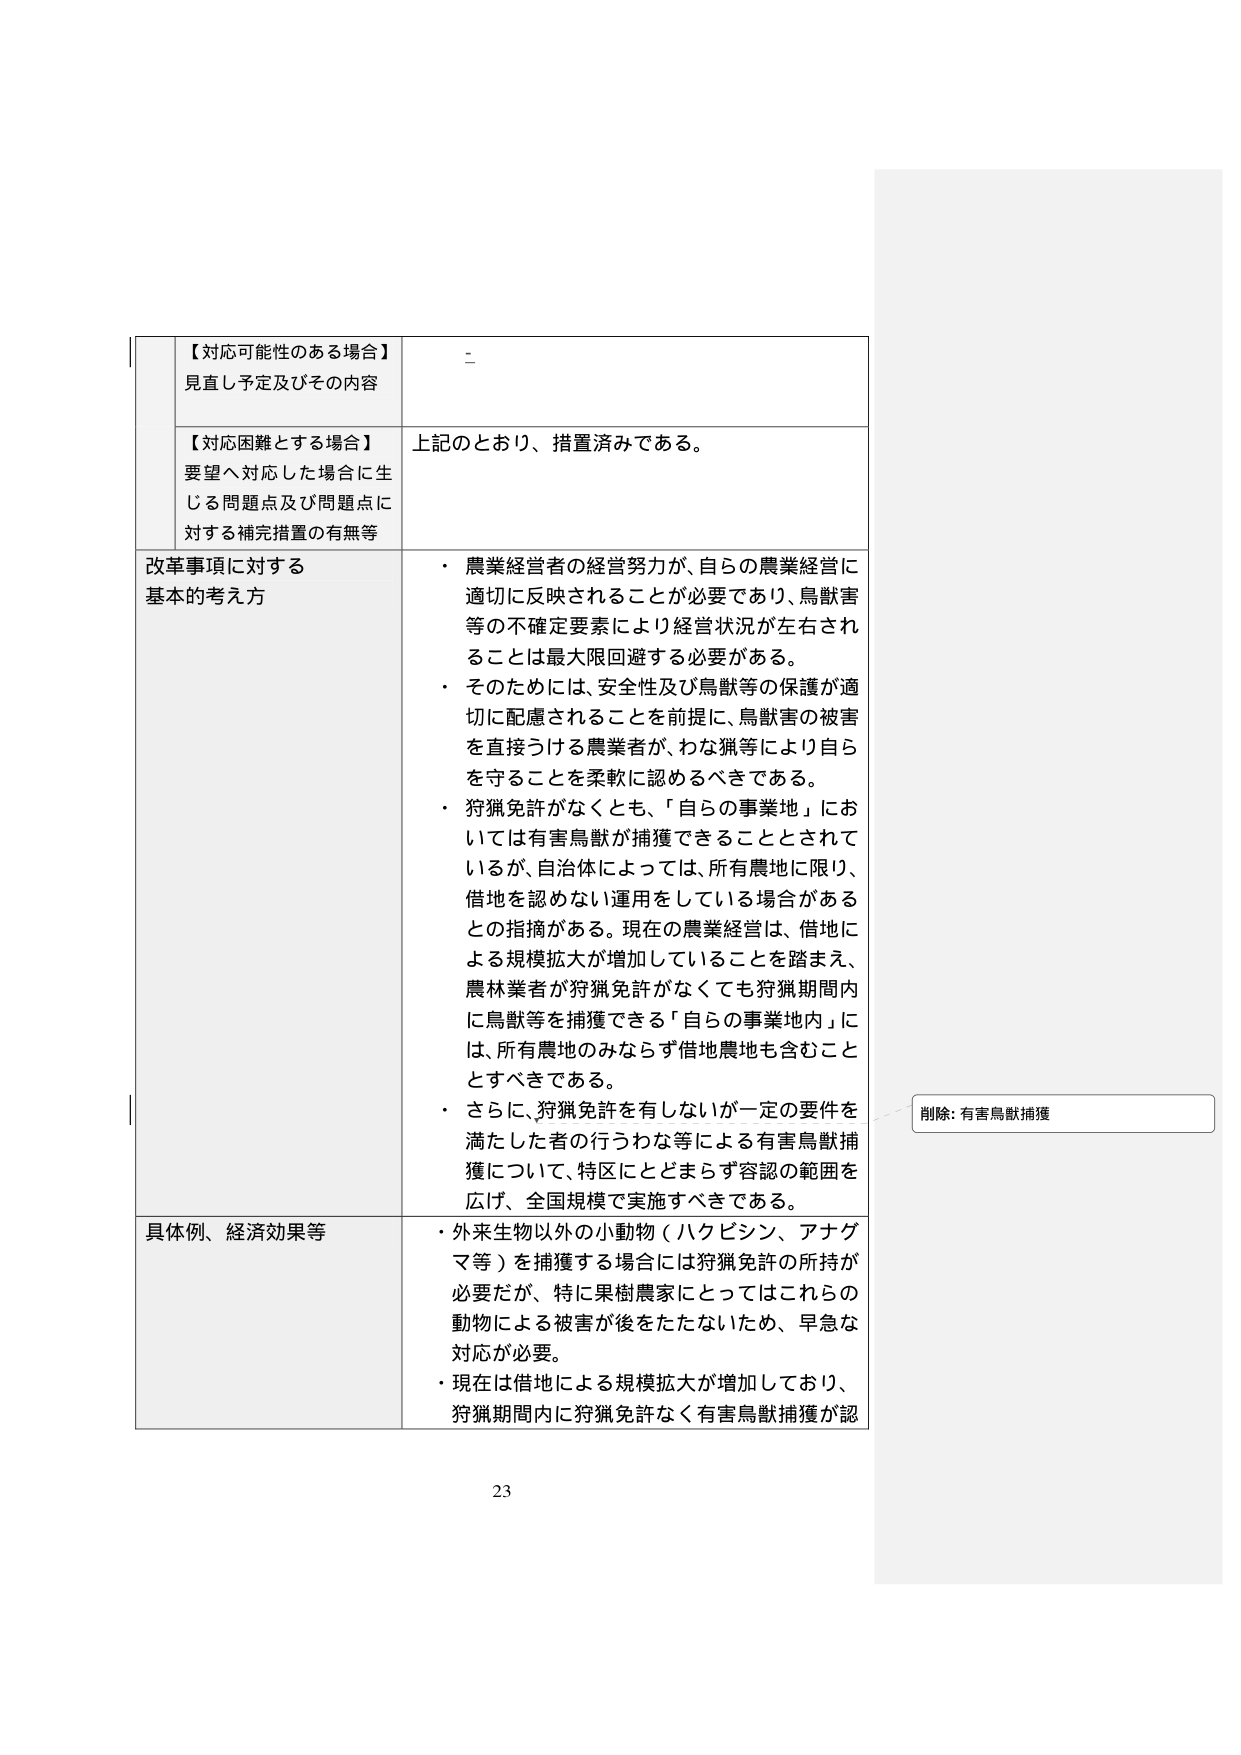
【対応可能性のある場合】
見直し予定及びその内容

【対応困難とする場合】
要望へ対応した場合に生じる問題点及び問題点に対する補完措置の有無等

上記のとおり、措置済みである。

改革事項に対する
基本的考え方

・ 農業経営者の経営努力が、自らの農業経営に適切に反映されることが必要であり、鳥獣害等の不確定要素により経営状況が左右されることは最大限回避する必要がある。
・ そのためには、安全性及び鳥獣等の保護が適切に配慮されることを前提に、鳥獣害の被害を直接うける農業者が、わな猟等により自らを守ることを柔軟に認めるべきである。
・ 狩猟免許がなくとも、「自らの事業地」においては有害鳥獣が捕獲できることとされているが、自治体によっては、所有農地に限り、借地を認めない運用をしている場合があるとの指摘がある。現在の農業経営は、借地による規模拡大が増加していることを踏まえ、農林業者が狩猟免許がなくても狩猟期間内に鳥獣等を捕獲できる「自らの事業地内」には、所有農地のみならず借地農地も含むこととすべきである。
・ さらに、狩猟免許を有しないが一定の要件を満たした者の行うわな等による有害鳥獣捕獲について、特区にとどまらず容認の範囲を広げ、全国規模で実施すべきである。

具体例、経済効果等

・ 外来生物以外の小動物（ハクビシン、アナグマ等）を捕獲する場合には狩猟免許の所持が必要だが、特に果樹農家にとってはこれらの動物による被害が後をたたないため、早急な対応が必要。
・ 現在は借地による規模拡大が増加しており、狩猟期間内に狩猟免許なく有害鳥獣捕獲が認

削除: 有害鳥獣捕獲

23